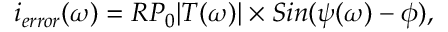
i _ { e r r o r } ( \omega ) = R P _ { 0 } | T ( \omega ) | \times S i n ( \psi ( \omega ) - \phi ) ,